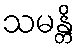
သမန္တိ